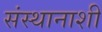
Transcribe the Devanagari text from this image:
संस्थानाशी